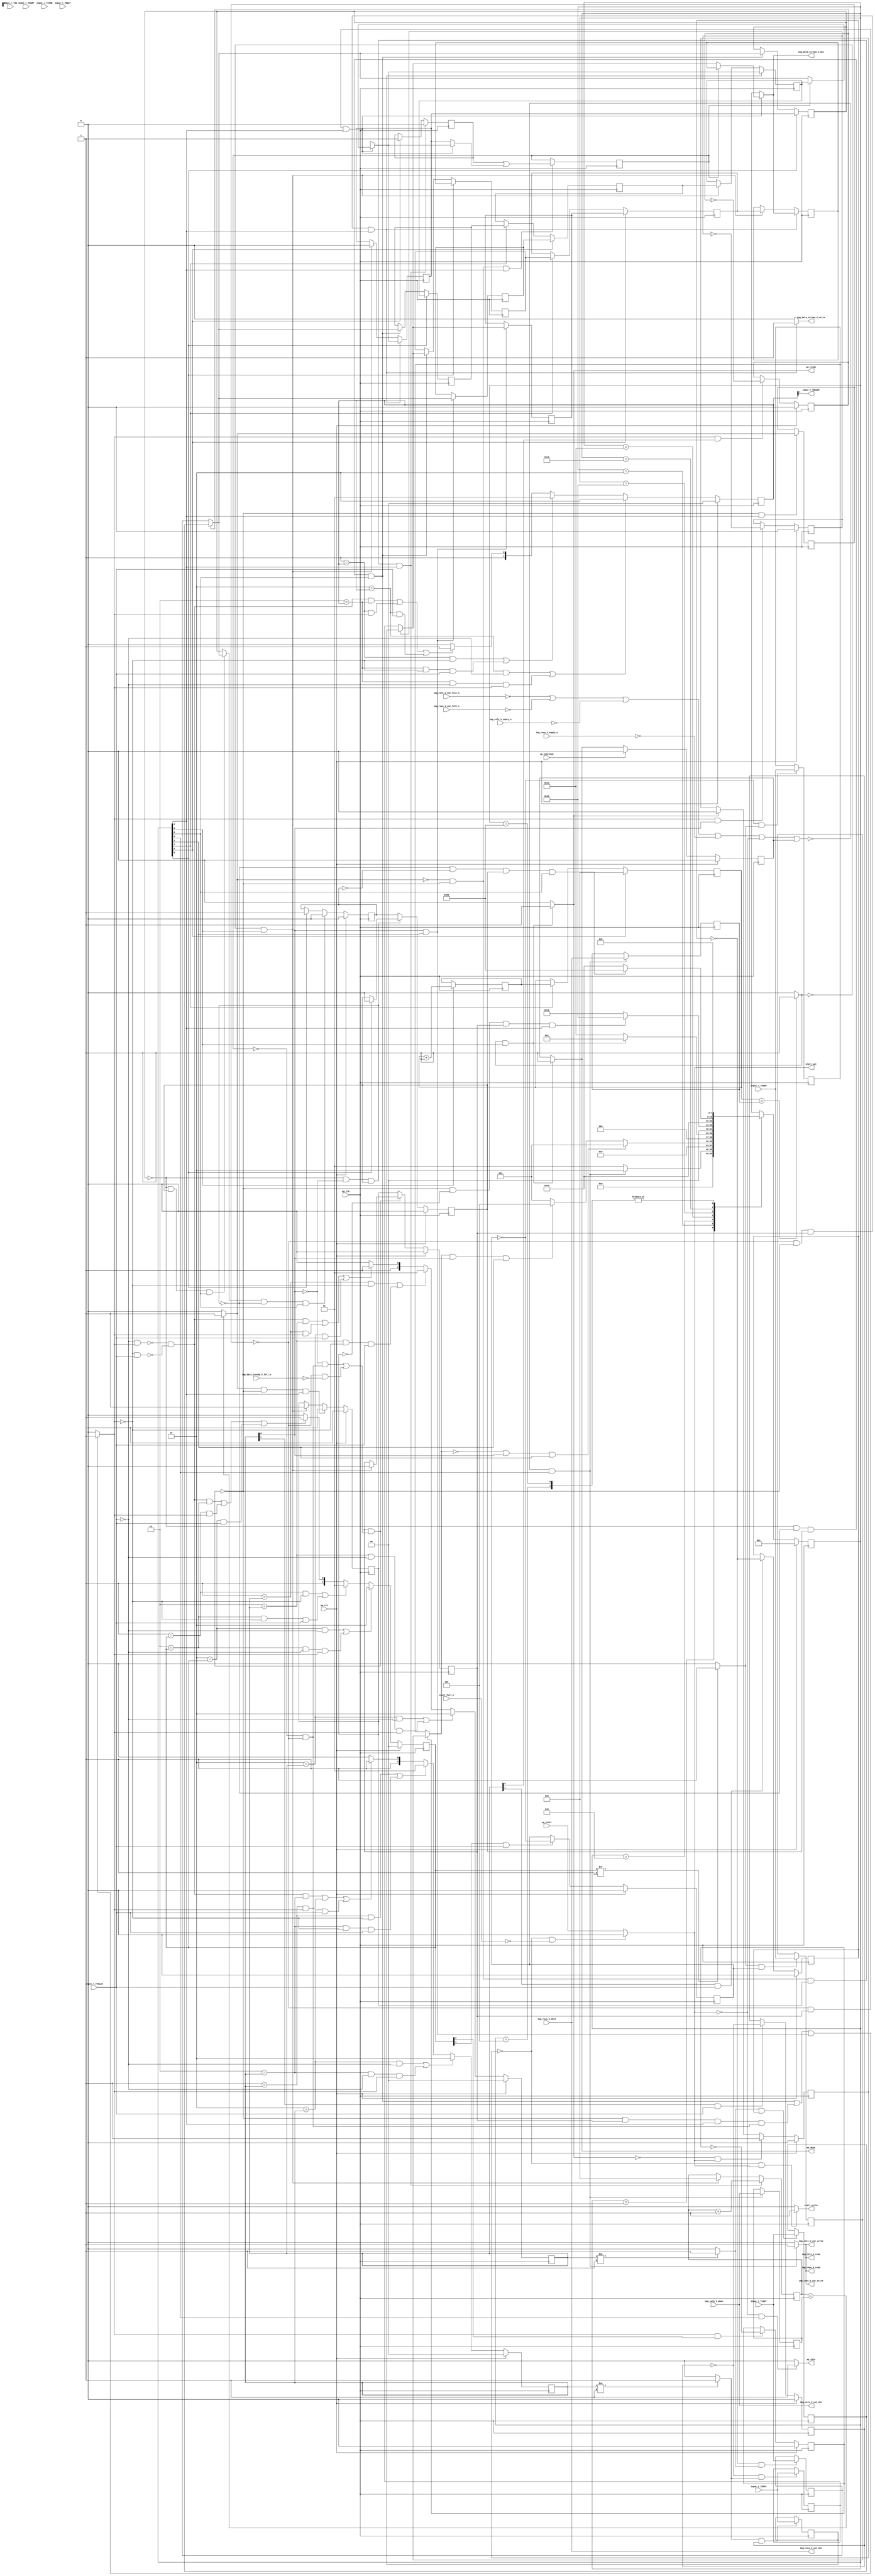
// ==============================================================
// RTL generated by Vivado(TM) HLS - High-Level Synthesis from C, C++ and SystemC
// Version: 2018.2
// Copyright (C) 1986-2018 Xilinx, Inc. All Rights Reserved.
// 
// ===========================================================

`timescale 1 ns / 1 ps 

module AXIvideo2Mat (
        ap_clk,
        ap_rst,
        ap_start,
        start_full_n,
        ap_done,
        ap_continue,
        ap_idle,
        ap_ready,
        start_out,
        start_write,
        input_r_TDATA,
        input_r_TVALID,
        input_r_TREADY,
        input_r_TKEEP,
        input_r_TSTRB,
        input_r_TUSER,
        input_r_TLAST,
        input_r_TID,
        input_r_TDEST,
        img_rows_V_dout,
        img_rows_V_empty_n,
        img_rows_V_read,
        img_cols_V_dout,
        img_cols_V_empty_n,
        img_cols_V_read,
        img_data_stream_V_din,
        img_data_stream_V_full_n,
        img_data_stream_V_write,
        img_rows_V_out_din,
        img_rows_V_out_full_n,
        img_rows_V_out_write,
        img_cols_V_out_din,
        img_cols_V_out_full_n,
        img_cols_V_out_write
);

parameter    ap_ST_fsm_state1 = 8'd1;
parameter    ap_ST_fsm_state2 = 8'd2;
parameter    ap_ST_fsm_state3 = 8'd4;
parameter    ap_ST_fsm_state4 = 8'd8;
parameter    ap_ST_fsm_pp1_stage0 = 8'd16;
parameter    ap_ST_fsm_state7 = 8'd32;
parameter    ap_ST_fsm_pp2_stage0 = 8'd64;
parameter    ap_ST_fsm_state10 = 8'd128;

input   ap_clk;
input   ap_rst;
input   ap_start;
input   start_full_n;
output   ap_done;
input   ap_continue;
output   ap_idle;
output   ap_ready;
output   start_out;
output   start_write;
input  [7:0] input_r_TDATA;
input   input_r_TVALID;
output   input_r_TREADY;
input  [0:0] input_r_TKEEP;
input  [0:0] input_r_TSTRB;
input  [0:0] input_r_TUSER;
input  [0:0] input_r_TLAST;
input  [0:0] input_r_TID;
input  [0:0] input_r_TDEST;
input  [31:0] img_rows_V_dout;
input   img_rows_V_empty_n;
output   img_rows_V_read;
input  [31:0] img_cols_V_dout;
input   img_cols_V_empty_n;
output   img_cols_V_read;
output  [7:0] img_data_stream_V_din;
input   img_data_stream_V_full_n;
output   img_data_stream_V_write;
output  [31:0] img_rows_V_out_din;
input   img_rows_V_out_full_n;
output   img_rows_V_out_write;
output  [31:0] img_cols_V_out_din;
input   img_cols_V_out_full_n;
output   img_cols_V_out_write;

reg ap_done;
reg ap_idle;
reg start_write;
reg img_rows_V_read;
reg img_cols_V_read;
reg img_data_stream_V_write;
reg img_rows_V_out_write;
reg img_cols_V_out_write;

reg    real_start;
reg    start_once_reg;
reg    ap_done_reg;
(* fsm_encoding = "none" *) reg   [7:0] ap_CS_fsm;
wire    ap_CS_fsm_state1;
reg    internal_ap_ready;
reg   [7:0] AXI_video_strm_V_data_V_0_data_out;
wire    AXI_video_strm_V_data_V_0_vld_in;
wire    AXI_video_strm_V_data_V_0_vld_out;
wire    AXI_video_strm_V_data_V_0_ack_in;
reg    AXI_video_strm_V_data_V_0_ack_out;
reg   [7:0] AXI_video_strm_V_data_V_0_payload_A;
reg   [7:0] AXI_video_strm_V_data_V_0_payload_B;
reg    AXI_video_strm_V_data_V_0_sel_rd;
reg    AXI_video_strm_V_data_V_0_sel_wr;
wire    AXI_video_strm_V_data_V_0_sel;
wire    AXI_video_strm_V_data_V_0_load_A;
wire    AXI_video_strm_V_data_V_0_load_B;
reg   [1:0] AXI_video_strm_V_data_V_0_state;
wire    AXI_video_strm_V_data_V_0_state_cmp_full;
reg   [0:0] AXI_video_strm_V_user_V_0_data_out;
wire    AXI_video_strm_V_user_V_0_vld_in;
wire    AXI_video_strm_V_user_V_0_vld_out;
wire    AXI_video_strm_V_user_V_0_ack_in;
reg    AXI_video_strm_V_user_V_0_ack_out;
reg   [0:0] AXI_video_strm_V_user_V_0_payload_A;
reg   [0:0] AXI_video_strm_V_user_V_0_payload_B;
reg    AXI_video_strm_V_user_V_0_sel_rd;
reg    AXI_video_strm_V_user_V_0_sel_wr;
wire    AXI_video_strm_V_user_V_0_sel;
wire    AXI_video_strm_V_user_V_0_load_A;
wire    AXI_video_strm_V_user_V_0_load_B;
reg   [1:0] AXI_video_strm_V_user_V_0_state;
wire    AXI_video_strm_V_user_V_0_state_cmp_full;
reg   [0:0] AXI_video_strm_V_last_V_0_data_out;
wire    AXI_video_strm_V_last_V_0_vld_in;
wire    AXI_video_strm_V_last_V_0_vld_out;
wire    AXI_video_strm_V_last_V_0_ack_in;
reg    AXI_video_strm_V_last_V_0_ack_out;
reg   [0:0] AXI_video_strm_V_last_V_0_payload_A;
reg   [0:0] AXI_video_strm_V_last_V_0_payload_B;
reg    AXI_video_strm_V_last_V_0_sel_rd;
reg    AXI_video_strm_V_last_V_0_sel_wr;
wire    AXI_video_strm_V_last_V_0_sel;
wire    AXI_video_strm_V_last_V_0_load_A;
wire    AXI_video_strm_V_last_V_0_load_B;
reg   [1:0] AXI_video_strm_V_last_V_0_state;
wire    AXI_video_strm_V_last_V_0_state_cmp_full;
wire    AXI_video_strm_V_dest_V_0_vld_in;
reg    AXI_video_strm_V_dest_V_0_ack_out;
reg   [1:0] AXI_video_strm_V_dest_V_0_state;
reg    input_r_TDATA_blk_n;
wire    ap_CS_fsm_state2;
wire    ap_CS_fsm_pp1_stage0;
reg    ap_enable_reg_pp1_iter1;
wire    ap_block_pp1_stage0;
reg   [0:0] exitcond_i_reg_432;
reg   [0:0] brmerge_i_reg_441;
wire    ap_CS_fsm_pp2_stage0;
reg    ap_enable_reg_pp2_iter1;
wire    ap_block_pp2_stage0;
reg   [0:0] eol_2_i_reg_303;
reg    img_rows_V_blk_n;
reg    img_cols_V_blk_n;
reg    img_data_stream_V_blk_n;
reg    img_rows_V_out_blk_n;
reg    img_cols_V_out_blk_n;
reg   [31:0] t_V_7_reg_232;
reg   [0:0] eol_i_reg_243;
reg   [0:0] eol_reg_255;
reg   [7:0] axi_data_V_1_i_reg_266;
reg   [0:0] axi_last_V_3_i_reg_314;
reg   [7:0] axi_data_V_3_i_reg_326;
reg   [31:0] rows_V_reg_393;
reg    ap_block_state1;
reg   [31:0] cols_V_reg_398;
reg   [7:0] tmp_data_V_reg_403;
reg   [0:0] tmp_last_V_reg_411;
wire   [0:0] exitcond6_i_fu_357_p2;
wire    ap_CS_fsm_state4;
wire   [31:0] i_V_fu_362_p2;
reg   [31:0] i_V_reg_427;
wire   [0:0] exitcond_i_fu_368_p2;
wire    ap_block_state5_pp1_stage0_iter0;
reg    ap_predicate_op69_read_state6;
reg    ap_block_state6_pp1_stage0_iter1;
reg    ap_block_pp1_stage0_11001;
wire   [31:0] j_V_fu_373_p2;
reg    ap_enable_reg_pp1_iter0;
wire   [0:0] brmerge_i_fu_382_p2;
wire    ap_block_state8_pp2_stage0_iter0;
reg    ap_block_state9_pp2_stage0_iter1;
reg    ap_block_pp2_stage0_11001;
reg    ap_block_pp1_stage0_subdone;
reg    ap_enable_reg_pp2_iter0;
wire    ap_CS_fsm_state7;
reg    ap_block_pp2_stage0_subdone;
reg   [0:0] ap_phi_mux_eol_2_i_phi_fu_306_p4;
reg   [0:0] axi_last_V1_i_reg_201;
wire    ap_CS_fsm_state10;
wire    ap_CS_fsm_state3;
reg   [7:0] axi_data_V1_i_reg_211;
reg   [31:0] t_V_reg_221;
reg   [0:0] ap_phi_mux_eol_i_phi_fu_247_p4;
reg   [0:0] ap_phi_mux_axi_last_V_2_i_phi_fu_282_p4;
reg   [7:0] ap_phi_mux_p_Val2_s_phi_fu_294_p4;
wire   [0:0] ap_phi_reg_pp1_iter1_axi_last_V_2_i_reg_277;
wire   [7:0] ap_phi_reg_pp1_iter1_p_Val2_s_reg_290;
reg    ap_block_pp1_stage0_01001;
reg   [0:0] sof_1_i_fu_144;
wire   [0:0] tmp_user_V_fu_348_p1;
reg   [7:0] ap_NS_fsm;
reg    ap_idle_pp1;
wire    ap_enable_pp1;
reg    ap_idle_pp2;
wire    ap_enable_pp2;
reg    ap_condition_521;

// power-on initialization
initial begin
#0 start_once_reg = 1'b0;
#0 ap_done_reg = 1'b0;
#0 ap_CS_fsm = 8'd1;
#0 AXI_video_strm_V_data_V_0_sel_rd = 1'b0;
#0 AXI_video_strm_V_data_V_0_sel_wr = 1'b0;
#0 AXI_video_strm_V_data_V_0_state = 2'd0;
#0 AXI_video_strm_V_user_V_0_sel_rd = 1'b0;
#0 AXI_video_strm_V_user_V_0_sel_wr = 1'b0;
#0 AXI_video_strm_V_user_V_0_state = 2'd0;
#0 AXI_video_strm_V_last_V_0_sel_rd = 1'b0;
#0 AXI_video_strm_V_last_V_0_sel_wr = 1'b0;
#0 AXI_video_strm_V_last_V_0_state = 2'd0;
#0 AXI_video_strm_V_dest_V_0_state = 2'd0;
#0 ap_enable_reg_pp1_iter1 = 1'b0;
#0 ap_enable_reg_pp2_iter1 = 1'b0;
#0 ap_enable_reg_pp1_iter0 = 1'b0;
#0 ap_enable_reg_pp2_iter0 = 1'b0;
end

always @ (posedge ap_clk) begin
    if (ap_rst == 1'b1) begin
        AXI_video_strm_V_data_V_0_sel_rd <= 1'b0;
    end else begin
        if (((1'b1 == AXI_video_strm_V_data_V_0_ack_out) & (1'b1 == AXI_video_strm_V_data_V_0_vld_out))) begin
            AXI_video_strm_V_data_V_0_sel_rd <= ~AXI_video_strm_V_data_V_0_sel_rd;
        end
    end
end

always @ (posedge ap_clk) begin
    if (ap_rst == 1'b1) begin
        AXI_video_strm_V_data_V_0_sel_wr <= 1'b0;
    end else begin
        if (((1'b1 == AXI_video_strm_V_data_V_0_ack_in) & (1'b1 == AXI_video_strm_V_data_V_0_vld_in))) begin
            AXI_video_strm_V_data_V_0_sel_wr <= ~AXI_video_strm_V_data_V_0_sel_wr;
        end
    end
end

always @ (posedge ap_clk) begin
    if (ap_rst == 1'b1) begin
        AXI_video_strm_V_data_V_0_state <= 2'd0;
    end else begin
        if ((((2'd2 == AXI_video_strm_V_data_V_0_state) & (1'b0 == AXI_video_strm_V_data_V_0_vld_in)) | ((2'd3 == AXI_video_strm_V_data_V_0_state) & (1'b0 == AXI_video_strm_V_data_V_0_vld_in) & (1'b1 == AXI_video_strm_V_data_V_0_ack_out)))) begin
            AXI_video_strm_V_data_V_0_state <= 2'd2;
        end else if ((((2'd1 == AXI_video_strm_V_data_V_0_state) & (1'b0 == AXI_video_strm_V_data_V_0_ack_out)) | ((2'd3 == AXI_video_strm_V_data_V_0_state) & (1'b0 == AXI_video_strm_V_data_V_0_ack_out) & (1'b1 == AXI_video_strm_V_data_V_0_vld_in)))) begin
            AXI_video_strm_V_data_V_0_state <= 2'd1;
        end else if (((~((1'b0 == AXI_video_strm_V_data_V_0_vld_in) & (1'b1 == AXI_video_strm_V_data_V_0_ack_out)) & ~((1'b0 == AXI_video_strm_V_data_V_0_ack_out) & (1'b1 == AXI_video_strm_V_data_V_0_vld_in)) & (2'd3 == AXI_video_strm_V_data_V_0_state)) | ((2'd1 == AXI_video_strm_V_data_V_0_state) & (1'b1 == AXI_video_strm_V_data_V_0_ack_out)) | ((2'd2 == AXI_video_strm_V_data_V_0_state) & (1'b1 == AXI_video_strm_V_data_V_0_vld_in)))) begin
            AXI_video_strm_V_data_V_0_state <= 2'd3;
        end else begin
            AXI_video_strm_V_data_V_0_state <= 2'd2;
        end
    end
end

always @ (posedge ap_clk) begin
    if (ap_rst == 1'b1) begin
        AXI_video_strm_V_dest_V_0_state <= 2'd0;
    end else begin
        if ((((2'd2 == AXI_video_strm_V_dest_V_0_state) & (1'b0 == AXI_video_strm_V_dest_V_0_vld_in)) | ((2'd3 == AXI_video_strm_V_dest_V_0_state) & (1'b0 == AXI_video_strm_V_dest_V_0_vld_in) & (1'b1 == AXI_video_strm_V_dest_V_0_ack_out)))) begin
            AXI_video_strm_V_dest_V_0_state <= 2'd2;
        end else if ((((2'd1 == AXI_video_strm_V_dest_V_0_state) & (1'b0 == AXI_video_strm_V_dest_V_0_ack_out)) | ((2'd3 == AXI_video_strm_V_dest_V_0_state) & (1'b0 == AXI_video_strm_V_dest_V_0_ack_out) & (1'b1 == AXI_video_strm_V_dest_V_0_vld_in)))) begin
            AXI_video_strm_V_dest_V_0_state <= 2'd1;
        end else if (((~((1'b0 == AXI_video_strm_V_dest_V_0_vld_in) & (1'b1 == AXI_video_strm_V_dest_V_0_ack_out)) & ~((1'b0 == AXI_video_strm_V_dest_V_0_ack_out) & (1'b1 == AXI_video_strm_V_dest_V_0_vld_in)) & (2'd3 == AXI_video_strm_V_dest_V_0_state)) | ((2'd1 == AXI_video_strm_V_dest_V_0_state) & (1'b1 == AXI_video_strm_V_dest_V_0_ack_out)) | ((2'd2 == AXI_video_strm_V_dest_V_0_state) & (1'b1 == AXI_video_strm_V_dest_V_0_vld_in)))) begin
            AXI_video_strm_V_dest_V_0_state <= 2'd3;
        end else begin
            AXI_video_strm_V_dest_V_0_state <= 2'd2;
        end
    end
end

always @ (posedge ap_clk) begin
    if (ap_rst == 1'b1) begin
        AXI_video_strm_V_last_V_0_sel_rd <= 1'b0;
    end else begin
        if (((1'b1 == AXI_video_strm_V_last_V_0_ack_out) & (1'b1 == AXI_video_strm_V_last_V_0_vld_out))) begin
            AXI_video_strm_V_last_V_0_sel_rd <= ~AXI_video_strm_V_last_V_0_sel_rd;
        end
    end
end

always @ (posedge ap_clk) begin
    if (ap_rst == 1'b1) begin
        AXI_video_strm_V_last_V_0_sel_wr <= 1'b0;
    end else begin
        if (((1'b1 == AXI_video_strm_V_last_V_0_ack_in) & (1'b1 == AXI_video_strm_V_last_V_0_vld_in))) begin
            AXI_video_strm_V_last_V_0_sel_wr <= ~AXI_video_strm_V_last_V_0_sel_wr;
        end
    end
end

always @ (posedge ap_clk) begin
    if (ap_rst == 1'b1) begin
        AXI_video_strm_V_last_V_0_state <= 2'd0;
    end else begin
        if ((((2'd2 == AXI_video_strm_V_last_V_0_state) & (1'b0 == AXI_video_strm_V_last_V_0_vld_in)) | ((2'd3 == AXI_video_strm_V_last_V_0_state) & (1'b0 == AXI_video_strm_V_last_V_0_vld_in) & (1'b1 == AXI_video_strm_V_last_V_0_ack_out)))) begin
            AXI_video_strm_V_last_V_0_state <= 2'd2;
        end else if ((((2'd1 == AXI_video_strm_V_last_V_0_state) & (1'b0 == AXI_video_strm_V_last_V_0_ack_out)) | ((2'd3 == AXI_video_strm_V_last_V_0_state) & (1'b0 == AXI_video_strm_V_last_V_0_ack_out) & (1'b1 == AXI_video_strm_V_last_V_0_vld_in)))) begin
            AXI_video_strm_V_last_V_0_state <= 2'd1;
        end else if (((~((1'b0 == AXI_video_strm_V_last_V_0_vld_in) & (1'b1 == AXI_video_strm_V_last_V_0_ack_out)) & ~((1'b0 == AXI_video_strm_V_last_V_0_ack_out) & (1'b1 == AXI_video_strm_V_last_V_0_vld_in)) & (2'd3 == AXI_video_strm_V_last_V_0_state)) | ((2'd1 == AXI_video_strm_V_last_V_0_state) & (1'b1 == AXI_video_strm_V_last_V_0_ack_out)) | ((2'd2 == AXI_video_strm_V_last_V_0_state) & (1'b1 == AXI_video_strm_V_last_V_0_vld_in)))) begin
            AXI_video_strm_V_last_V_0_state <= 2'd3;
        end else begin
            AXI_video_strm_V_last_V_0_state <= 2'd2;
        end
    end
end

always @ (posedge ap_clk) begin
    if (ap_rst == 1'b1) begin
        AXI_video_strm_V_user_V_0_sel_rd <= 1'b0;
    end else begin
        if (((1'b1 == AXI_video_strm_V_user_V_0_ack_out) & (1'b1 == AXI_video_strm_V_user_V_0_vld_out))) begin
            AXI_video_strm_V_user_V_0_sel_rd <= ~AXI_video_strm_V_user_V_0_sel_rd;
        end
    end
end

always @ (posedge ap_clk) begin
    if (ap_rst == 1'b1) begin
        AXI_video_strm_V_user_V_0_sel_wr <= 1'b0;
    end else begin
        if (((1'b1 == AXI_video_strm_V_user_V_0_ack_in) & (1'b1 == AXI_video_strm_V_user_V_0_vld_in))) begin
            AXI_video_strm_V_user_V_0_sel_wr <= ~AXI_video_strm_V_user_V_0_sel_wr;
        end
    end
end

always @ (posedge ap_clk) begin
    if (ap_rst == 1'b1) begin
        AXI_video_strm_V_user_V_0_state <= 2'd0;
    end else begin
        if ((((2'd2 == AXI_video_strm_V_user_V_0_state) & (1'b0 == AXI_video_strm_V_user_V_0_vld_in)) | ((2'd3 == AXI_video_strm_V_user_V_0_state) & (1'b0 == AXI_video_strm_V_user_V_0_vld_in) & (1'b1 == AXI_video_strm_V_user_V_0_ack_out)))) begin
            AXI_video_strm_V_user_V_0_state <= 2'd2;
        end else if ((((2'd1 == AXI_video_strm_V_user_V_0_state) & (1'b0 == AXI_video_strm_V_user_V_0_ack_out)) | ((2'd3 == AXI_video_strm_V_user_V_0_state) & (1'b0 == AXI_video_strm_V_user_V_0_ack_out) & (1'b1 == AXI_video_strm_V_user_V_0_vld_in)))) begin
            AXI_video_strm_V_user_V_0_state <= 2'd1;
        end else if (((~((1'b0 == AXI_video_strm_V_user_V_0_vld_in) & (1'b1 == AXI_video_strm_V_user_V_0_ack_out)) & ~((1'b0 == AXI_video_strm_V_user_V_0_ack_out) & (1'b1 == AXI_video_strm_V_user_V_0_vld_in)) & (2'd3 == AXI_video_strm_V_user_V_0_state)) | ((2'd1 == AXI_video_strm_V_user_V_0_state) & (1'b1 == AXI_video_strm_V_user_V_0_ack_out)) | ((2'd2 == AXI_video_strm_V_user_V_0_state) & (1'b1 == AXI_video_strm_V_user_V_0_vld_in)))) begin
            AXI_video_strm_V_user_V_0_state <= 2'd3;
        end else begin
            AXI_video_strm_V_user_V_0_state <= 2'd2;
        end
    end
end

always @ (posedge ap_clk) begin
    if (ap_rst == 1'b1) begin
        ap_CS_fsm <= ap_ST_fsm_state1;
    end else begin
        ap_CS_fsm <= ap_NS_fsm;
    end
end

always @ (posedge ap_clk) begin
    if (ap_rst == 1'b1) begin
        ap_done_reg <= 1'b0;
    end else begin
        if ((ap_continue == 1'b1)) begin
            ap_done_reg <= 1'b0;
        end else if (((exitcond6_i_fu_357_p2 == 1'd1) & (1'b1 == ap_CS_fsm_state4))) begin
            ap_done_reg <= 1'b1;
        end
    end
end

always @ (posedge ap_clk) begin
    if (ap_rst == 1'b1) begin
        ap_enable_reg_pp1_iter0 <= 1'b0;
    end else begin
        if (((exitcond_i_fu_368_p2 == 1'd1) & (1'b0 == ap_block_pp1_stage0_subdone) & (1'b1 == ap_CS_fsm_pp1_stage0))) begin
            ap_enable_reg_pp1_iter0 <= 1'b0;
        end else if (((exitcond6_i_fu_357_p2 == 1'd0) & (1'b1 == ap_CS_fsm_state4))) begin
            ap_enable_reg_pp1_iter0 <= 1'b1;
        end
    end
end

always @ (posedge ap_clk) begin
    if (ap_rst == 1'b1) begin
        ap_enable_reg_pp1_iter1 <= 1'b0;
    end else begin
        if ((1'b0 == ap_block_pp1_stage0_subdone)) begin
            ap_enable_reg_pp1_iter1 <= ap_enable_reg_pp1_iter0;
        end else if (((exitcond6_i_fu_357_p2 == 1'd0) & (1'b1 == ap_CS_fsm_state4))) begin
            ap_enable_reg_pp1_iter1 <= 1'b0;
        end
    end
end

always @ (posedge ap_clk) begin
    if (ap_rst == 1'b1) begin
        ap_enable_reg_pp2_iter0 <= 1'b0;
    end else begin
        if (((ap_phi_mux_eol_2_i_phi_fu_306_p4 == 1'd1) & (1'b0 == ap_block_pp2_stage0_subdone) & (1'b1 == ap_CS_fsm_pp2_stage0))) begin
            ap_enable_reg_pp2_iter0 <= 1'b0;
        end else if ((1'b1 == ap_CS_fsm_state7)) begin
            ap_enable_reg_pp2_iter0 <= 1'b1;
        end
    end
end

always @ (posedge ap_clk) begin
    if (ap_rst == 1'b1) begin
        ap_enable_reg_pp2_iter1 <= 1'b0;
    end else begin
        if ((1'b0 == ap_block_pp2_stage0_subdone)) begin
            ap_enable_reg_pp2_iter1 <= ap_enable_reg_pp2_iter0;
        end else if ((1'b1 == ap_CS_fsm_state7)) begin
            ap_enable_reg_pp2_iter1 <= 1'b0;
        end
    end
end

always @ (posedge ap_clk) begin
    if (ap_rst == 1'b1) begin
        start_once_reg <= 1'b0;
    end else begin
        if (((internal_ap_ready == 1'b0) & (real_start == 1'b1))) begin
            start_once_reg <= 1'b1;
        end else if ((internal_ap_ready == 1'b1)) begin
            start_once_reg <= 1'b0;
        end
    end
end

always @ (posedge ap_clk) begin
    if ((1'b1 == ap_CS_fsm_state3)) begin
        axi_data_V1_i_reg_211 <= tmp_data_V_reg_403;
    end else if ((1'b1 == ap_CS_fsm_state10)) begin
        axi_data_V1_i_reg_211 <= axi_data_V_3_i_reg_326;
    end
end

always @ (posedge ap_clk) begin
    if (((exitcond_i_reg_432 == 1'd0) & (1'b0 == ap_block_pp1_stage0_11001) & (ap_enable_reg_pp1_iter1 == 1'b1) & (1'b1 == ap_CS_fsm_pp1_stage0))) begin
        axi_data_V_1_i_reg_266 <= ap_phi_mux_p_Val2_s_phi_fu_294_p4;
    end else if (((exitcond6_i_fu_357_p2 == 1'd0) & (1'b1 == ap_CS_fsm_state4))) begin
        axi_data_V_1_i_reg_266 <= axi_data_V1_i_reg_211;
    end
end

always @ (posedge ap_clk) begin
    if ((1'b1 == ap_CS_fsm_state7)) begin
        axi_data_V_3_i_reg_326 <= axi_data_V_1_i_reg_266;
    end else if (((eol_2_i_reg_303 == 1'd0) & (1'b0 == ap_block_pp2_stage0_11001) & (ap_enable_reg_pp2_iter1 == 1'b1) & (1'b1 == ap_CS_fsm_pp2_stage0))) begin
        axi_data_V_3_i_reg_326 <= AXI_video_strm_V_data_V_0_data_out;
    end
end

always @ (posedge ap_clk) begin
    if ((1'b1 == ap_CS_fsm_state3)) begin
        axi_last_V1_i_reg_201 <= tmp_last_V_reg_411;
    end else if ((1'b1 == ap_CS_fsm_state10)) begin
        axi_last_V1_i_reg_201 <= axi_last_V_3_i_reg_314;
    end
end

always @ (posedge ap_clk) begin
    if ((1'b1 == ap_CS_fsm_state7)) begin
        axi_last_V_3_i_reg_314 <= eol_reg_255;
    end else if (((eol_2_i_reg_303 == 1'd0) & (1'b0 == ap_block_pp2_stage0_11001) & (ap_enable_reg_pp2_iter1 == 1'b1) & (1'b1 == ap_CS_fsm_pp2_stage0))) begin
        axi_last_V_3_i_reg_314 <= AXI_video_strm_V_last_V_0_data_out;
    end
end

always @ (posedge ap_clk) begin
    if ((1'b1 == ap_CS_fsm_state7)) begin
        eol_2_i_reg_303 <= eol_i_reg_243;
    end else if (((eol_2_i_reg_303 == 1'd0) & (1'b0 == ap_block_pp2_stage0_11001) & (ap_enable_reg_pp2_iter1 == 1'b1) & (1'b1 == ap_CS_fsm_pp2_stage0))) begin
        eol_2_i_reg_303 <= AXI_video_strm_V_last_V_0_data_out;
    end
end

always @ (posedge ap_clk) begin
    if (((exitcond_i_reg_432 == 1'd0) & (1'b0 == ap_block_pp1_stage0_11001) & (ap_enable_reg_pp1_iter1 == 1'b1) & (1'b1 == ap_CS_fsm_pp1_stage0))) begin
        eol_i_reg_243 <= ap_phi_mux_axi_last_V_2_i_phi_fu_282_p4;
    end else if (((exitcond6_i_fu_357_p2 == 1'd0) & (1'b1 == ap_CS_fsm_state4))) begin
        eol_i_reg_243 <= 1'd0;
    end
end

always @ (posedge ap_clk) begin
    if (((exitcond_i_reg_432 == 1'd0) & (1'b0 == ap_block_pp1_stage0_11001) & (ap_enable_reg_pp1_iter1 == 1'b1) & (1'b1 == ap_CS_fsm_pp1_stage0))) begin
        eol_reg_255 <= ap_phi_mux_axi_last_V_2_i_phi_fu_282_p4;
    end else if (((exitcond6_i_fu_357_p2 == 1'd0) & (1'b1 == ap_CS_fsm_state4))) begin
        eol_reg_255 <= axi_last_V1_i_reg_201;
    end
end

always @ (posedge ap_clk) begin
    if (((exitcond_i_fu_368_p2 == 1'd0) & (1'b0 == ap_block_pp1_stage0_11001) & (ap_enable_reg_pp1_iter0 == 1'b1) & (1'b1 == ap_CS_fsm_pp1_stage0))) begin
        sof_1_i_fu_144 <= 1'd0;
    end else if ((1'b1 == ap_CS_fsm_state3)) begin
        sof_1_i_fu_144 <= 1'd1;
    end
end

always @ (posedge ap_clk) begin
    if (((exitcond_i_fu_368_p2 == 1'd0) & (1'b0 == ap_block_pp1_stage0_11001) & (ap_enable_reg_pp1_iter0 == 1'b1) & (1'b1 == ap_CS_fsm_pp1_stage0))) begin
        t_V_7_reg_232 <= j_V_fu_373_p2;
    end else if (((exitcond6_i_fu_357_p2 == 1'd0) & (1'b1 == ap_CS_fsm_state4))) begin
        t_V_7_reg_232 <= 32'd0;
    end
end

always @ (posedge ap_clk) begin
    if ((1'b1 == ap_CS_fsm_state3)) begin
        t_V_reg_221 <= 32'd0;
    end else if ((1'b1 == ap_CS_fsm_state10)) begin
        t_V_reg_221 <= i_V_reg_427;
    end
end

always @ (posedge ap_clk) begin
    if ((1'b1 == AXI_video_strm_V_data_V_0_load_A)) begin
        AXI_video_strm_V_data_V_0_payload_A <= input_r_TDATA;
    end
end

always @ (posedge ap_clk) begin
    if ((1'b1 == AXI_video_strm_V_data_V_0_load_B)) begin
        AXI_video_strm_V_data_V_0_payload_B <= input_r_TDATA;
    end
end

always @ (posedge ap_clk) begin
    if ((1'b1 == AXI_video_strm_V_last_V_0_load_A)) begin
        AXI_video_strm_V_last_V_0_payload_A <= input_r_TLAST;
    end
end

always @ (posedge ap_clk) begin
    if ((1'b1 == AXI_video_strm_V_last_V_0_load_B)) begin
        AXI_video_strm_V_last_V_0_payload_B <= input_r_TLAST;
    end
end

always @ (posedge ap_clk) begin
    if ((1'b1 == AXI_video_strm_V_user_V_0_load_A)) begin
        AXI_video_strm_V_user_V_0_payload_A <= input_r_TUSER;
    end
end

always @ (posedge ap_clk) begin
    if ((1'b1 == AXI_video_strm_V_user_V_0_load_B)) begin
        AXI_video_strm_V_user_V_0_payload_B <= input_r_TUSER;
    end
end

always @ (posedge ap_clk) begin
    if (((exitcond_i_fu_368_p2 == 1'd0) & (1'b0 == ap_block_pp1_stage0_11001) & (1'b1 == ap_CS_fsm_pp1_stage0))) begin
        brmerge_i_reg_441 <= brmerge_i_fu_382_p2;
    end
end

always @ (posedge ap_clk) begin
    if ((~((img_cols_V_out_full_n == 1'b0) | (img_rows_V_out_full_n == 1'b0) | (img_cols_V_empty_n == 1'b0) | (img_rows_V_empty_n == 1'b0) | (real_start == 1'b0) | (ap_done_reg == 1'b1)) & (1'b1 == ap_CS_fsm_state1))) begin
        cols_V_reg_398 <= img_cols_V_dout;
        rows_V_reg_393 <= img_rows_V_dout;
    end
end

always @ (posedge ap_clk) begin
    if (((1'b0 == ap_block_pp1_stage0_11001) & (1'b1 == ap_CS_fsm_pp1_stage0))) begin
        exitcond_i_reg_432 <= exitcond_i_fu_368_p2;
    end
end

always @ (posedge ap_clk) begin
    if ((1'b1 == ap_CS_fsm_state4)) begin
        i_V_reg_427 <= i_V_fu_362_p2;
    end
end

always @ (posedge ap_clk) begin
    if (((1'b1 == AXI_video_strm_V_data_V_0_vld_out) & (1'b1 == ap_CS_fsm_state2))) begin
        tmp_data_V_reg_403 <= AXI_video_strm_V_data_V_0_data_out;
        tmp_last_V_reg_411 <= AXI_video_strm_V_last_V_0_data_out;
    end
end

always @ (*) begin
    if ((((eol_2_i_reg_303 == 1'd0) & (1'b0 == ap_block_pp2_stage0_11001) & (ap_enable_reg_pp2_iter1 == 1'b1) & (1'b1 == ap_CS_fsm_pp2_stage0)) | ((1'b0 == ap_block_pp1_stage0_11001) & (ap_enable_reg_pp1_iter1 == 1'b1) & (1'b1 == ap_CS_fsm_pp1_stage0) & (ap_predicate_op69_read_state6 == 1'b1)) | ((1'b1 == AXI_video_strm_V_data_V_0_vld_out) & (1'b1 == ap_CS_fsm_state2)))) begin
        AXI_video_strm_V_data_V_0_ack_out = 1'b1;
    end else begin
        AXI_video_strm_V_data_V_0_ack_out = 1'b0;
    end
end

always @ (*) begin
    if ((1'b1 == AXI_video_strm_V_data_V_0_sel)) begin
        AXI_video_strm_V_data_V_0_data_out = AXI_video_strm_V_data_V_0_payload_B;
    end else begin
        AXI_video_strm_V_data_V_0_data_out = AXI_video_strm_V_data_V_0_payload_A;
    end
end

always @ (*) begin
    if ((((eol_2_i_reg_303 == 1'd0) & (1'b0 == ap_block_pp2_stage0_11001) & (ap_enable_reg_pp2_iter1 == 1'b1) & (1'b1 == ap_CS_fsm_pp2_stage0)) | ((1'b0 == ap_block_pp1_stage0_11001) & (ap_enable_reg_pp1_iter1 == 1'b1) & (1'b1 == ap_CS_fsm_pp1_stage0) & (ap_predicate_op69_read_state6 == 1'b1)) | ((1'b1 == AXI_video_strm_V_data_V_0_vld_out) & (1'b1 == ap_CS_fsm_state2)))) begin
        AXI_video_strm_V_dest_V_0_ack_out = 1'b1;
    end else begin
        AXI_video_strm_V_dest_V_0_ack_out = 1'b0;
    end
end

always @ (*) begin
    if ((((eol_2_i_reg_303 == 1'd0) & (1'b0 == ap_block_pp2_stage0_11001) & (ap_enable_reg_pp2_iter1 == 1'b1) & (1'b1 == ap_CS_fsm_pp2_stage0)) | ((1'b0 == ap_block_pp1_stage0_11001) & (ap_enable_reg_pp1_iter1 == 1'b1) & (1'b1 == ap_CS_fsm_pp1_stage0) & (ap_predicate_op69_read_state6 == 1'b1)) | ((1'b1 == AXI_video_strm_V_data_V_0_vld_out) & (1'b1 == ap_CS_fsm_state2)))) begin
        AXI_video_strm_V_last_V_0_ack_out = 1'b1;
    end else begin
        AXI_video_strm_V_last_V_0_ack_out = 1'b0;
    end
end

always @ (*) begin
    if ((1'b1 == AXI_video_strm_V_last_V_0_sel)) begin
        AXI_video_strm_V_last_V_0_data_out = AXI_video_strm_V_last_V_0_payload_B;
    end else begin
        AXI_video_strm_V_last_V_0_data_out = AXI_video_strm_V_last_V_0_payload_A;
    end
end

always @ (*) begin
    if ((((eol_2_i_reg_303 == 1'd0) & (1'b0 == ap_block_pp2_stage0_11001) & (ap_enable_reg_pp2_iter1 == 1'b1) & (1'b1 == ap_CS_fsm_pp2_stage0)) | ((1'b0 == ap_block_pp1_stage0_11001) & (ap_enable_reg_pp1_iter1 == 1'b1) & (1'b1 == ap_CS_fsm_pp1_stage0) & (ap_predicate_op69_read_state6 == 1'b1)) | ((1'b1 == AXI_video_strm_V_data_V_0_vld_out) & (1'b1 == ap_CS_fsm_state2)))) begin
        AXI_video_strm_V_user_V_0_ack_out = 1'b1;
    end else begin
        AXI_video_strm_V_user_V_0_ack_out = 1'b0;
    end
end

always @ (*) begin
    if ((1'b1 == AXI_video_strm_V_user_V_0_sel)) begin
        AXI_video_strm_V_user_V_0_data_out = AXI_video_strm_V_user_V_0_payload_B;
    end else begin
        AXI_video_strm_V_user_V_0_data_out = AXI_video_strm_V_user_V_0_payload_A;
    end
end

always @ (*) begin
    if (((exitcond6_i_fu_357_p2 == 1'd1) & (1'b1 == ap_CS_fsm_state4))) begin
        ap_done = 1'b1;
    end else begin
        ap_done = ap_done_reg;
    end
end

always @ (*) begin
    if (((real_start == 1'b0) & (1'b1 == ap_CS_fsm_state1))) begin
        ap_idle = 1'b1;
    end else begin
        ap_idle = 1'b0;
    end
end

always @ (*) begin
    if (((ap_enable_reg_pp1_iter0 == 1'b0) & (ap_enable_reg_pp1_iter1 == 1'b0))) begin
        ap_idle_pp1 = 1'b1;
    end else begin
        ap_idle_pp1 = 1'b0;
    end
end

always @ (*) begin
    if (((ap_enable_reg_pp2_iter0 == 1'b0) & (ap_enable_reg_pp2_iter1 == 1'b0))) begin
        ap_idle_pp2 = 1'b1;
    end else begin
        ap_idle_pp2 = 1'b0;
    end
end

always @ (*) begin
    if ((1'b1 == ap_condition_521)) begin
        if ((brmerge_i_reg_441 == 1'd1)) begin
            ap_phi_mux_axi_last_V_2_i_phi_fu_282_p4 = eol_reg_255;
        end else if ((brmerge_i_reg_441 == 1'd0)) begin
            ap_phi_mux_axi_last_V_2_i_phi_fu_282_p4 = AXI_video_strm_V_last_V_0_data_out;
        end else begin
            ap_phi_mux_axi_last_V_2_i_phi_fu_282_p4 = ap_phi_reg_pp1_iter1_axi_last_V_2_i_reg_277;
        end
    end else begin
        ap_phi_mux_axi_last_V_2_i_phi_fu_282_p4 = ap_phi_reg_pp1_iter1_axi_last_V_2_i_reg_277;
    end
end

always @ (*) begin
    if (((eol_2_i_reg_303 == 1'd0) & (1'b0 == ap_block_pp2_stage0) & (ap_enable_reg_pp2_iter1 == 1'b1) & (1'b1 == ap_CS_fsm_pp2_stage0))) begin
        ap_phi_mux_eol_2_i_phi_fu_306_p4 = AXI_video_strm_V_last_V_0_data_out;
    end else begin
        ap_phi_mux_eol_2_i_phi_fu_306_p4 = eol_2_i_reg_303;
    end
end

always @ (*) begin
    if (((exitcond_i_reg_432 == 1'd0) & (1'b0 == ap_block_pp1_stage0) & (ap_enable_reg_pp1_iter1 == 1'b1) & (1'b1 == ap_CS_fsm_pp1_stage0))) begin
        ap_phi_mux_eol_i_phi_fu_247_p4 = ap_phi_mux_axi_last_V_2_i_phi_fu_282_p4;
    end else begin
        ap_phi_mux_eol_i_phi_fu_247_p4 = eol_i_reg_243;
    end
end

always @ (*) begin
    if ((1'b1 == ap_condition_521)) begin
        if ((brmerge_i_reg_441 == 1'd1)) begin
            ap_phi_mux_p_Val2_s_phi_fu_294_p4 = axi_data_V_1_i_reg_266;
        end else if ((brmerge_i_reg_441 == 1'd0)) begin
            ap_phi_mux_p_Val2_s_phi_fu_294_p4 = AXI_video_strm_V_data_V_0_data_out;
        end else begin
            ap_phi_mux_p_Val2_s_phi_fu_294_p4 = ap_phi_reg_pp1_iter1_p_Val2_s_reg_290;
        end
    end else begin
        ap_phi_mux_p_Val2_s_phi_fu_294_p4 = ap_phi_reg_pp1_iter1_p_Val2_s_reg_290;
    end
end

always @ (*) begin
    if ((~((real_start == 1'b0) | (ap_done_reg == 1'b1)) & (1'b1 == ap_CS_fsm_state1))) begin
        img_cols_V_blk_n = img_cols_V_empty_n;
    end else begin
        img_cols_V_blk_n = 1'b1;
    end
end

always @ (*) begin
    if ((~((real_start == 1'b0) | (ap_done_reg == 1'b1)) & (1'b1 == ap_CS_fsm_state1))) begin
        img_cols_V_out_blk_n = img_cols_V_out_full_n;
    end else begin
        img_cols_V_out_blk_n = 1'b1;
    end
end

always @ (*) begin
    if ((~((img_cols_V_out_full_n == 1'b0) | (img_rows_V_out_full_n == 1'b0) | (img_cols_V_empty_n == 1'b0) | (img_rows_V_empty_n == 1'b0) | (real_start == 1'b0) | (ap_done_reg == 1'b1)) & (1'b1 == ap_CS_fsm_state1))) begin
        img_cols_V_out_write = 1'b1;
    end else begin
        img_cols_V_out_write = 1'b0;
    end
end

always @ (*) begin
    if ((~((img_cols_V_out_full_n == 1'b0) | (img_rows_V_out_full_n == 1'b0) | (img_cols_V_empty_n == 1'b0) | (img_rows_V_empty_n == 1'b0) | (real_start == 1'b0) | (ap_done_reg == 1'b1)) & (1'b1 == ap_CS_fsm_state1))) begin
        img_cols_V_read = 1'b1;
    end else begin
        img_cols_V_read = 1'b0;
    end
end

always @ (*) begin
    if (((exitcond_i_reg_432 == 1'd0) & (1'b0 == ap_block_pp1_stage0) & (ap_enable_reg_pp1_iter1 == 1'b1) & (1'b1 == ap_CS_fsm_pp1_stage0))) begin
        img_data_stream_V_blk_n = img_data_stream_V_full_n;
    end else begin
        img_data_stream_V_blk_n = 1'b1;
    end
end

always @ (*) begin
    if (((exitcond_i_reg_432 == 1'd0) & (1'b0 == ap_block_pp1_stage0_11001) & (ap_enable_reg_pp1_iter1 == 1'b1) & (1'b1 == ap_CS_fsm_pp1_stage0))) begin
        img_data_stream_V_write = 1'b1;
    end else begin
        img_data_stream_V_write = 1'b0;
    end
end

always @ (*) begin
    if ((~((real_start == 1'b0) | (ap_done_reg == 1'b1)) & (1'b1 == ap_CS_fsm_state1))) begin
        img_rows_V_blk_n = img_rows_V_empty_n;
    end else begin
        img_rows_V_blk_n = 1'b1;
    end
end

always @ (*) begin
    if ((~((real_start == 1'b0) | (ap_done_reg == 1'b1)) & (1'b1 == ap_CS_fsm_state1))) begin
        img_rows_V_out_blk_n = img_rows_V_out_full_n;
    end else begin
        img_rows_V_out_blk_n = 1'b1;
    end
end

always @ (*) begin
    if ((~((img_cols_V_out_full_n == 1'b0) | (img_rows_V_out_full_n == 1'b0) | (img_cols_V_empty_n == 1'b0) | (img_rows_V_empty_n == 1'b0) | (real_start == 1'b0) | (ap_done_reg == 1'b1)) & (1'b1 == ap_CS_fsm_state1))) begin
        img_rows_V_out_write = 1'b1;
    end else begin
        img_rows_V_out_write = 1'b0;
    end
end

always @ (*) begin
    if ((~((img_cols_V_out_full_n == 1'b0) | (img_rows_V_out_full_n == 1'b0) | (img_cols_V_empty_n == 1'b0) | (img_rows_V_empty_n == 1'b0) | (real_start == 1'b0) | (ap_done_reg == 1'b1)) & (1'b1 == ap_CS_fsm_state1))) begin
        img_rows_V_read = 1'b1;
    end else begin
        img_rows_V_read = 1'b0;
    end
end

always @ (*) begin
    if (((1'b1 == ap_CS_fsm_state2) | ((eol_2_i_reg_303 == 1'd0) & (1'b0 == ap_block_pp2_stage0) & (ap_enable_reg_pp2_iter1 == 1'b1) & (1'b1 == ap_CS_fsm_pp2_stage0)) | ((brmerge_i_reg_441 == 1'd0) & (exitcond_i_reg_432 == 1'd0) & (1'b0 == ap_block_pp1_stage0) & (ap_enable_reg_pp1_iter1 == 1'b1) & (1'b1 == ap_CS_fsm_pp1_stage0)))) begin
        input_r_TDATA_blk_n = AXI_video_strm_V_data_V_0_state[1'd0];
    end else begin
        input_r_TDATA_blk_n = 1'b1;
    end
end

always @ (*) begin
    if (((exitcond6_i_fu_357_p2 == 1'd1) & (1'b1 == ap_CS_fsm_state4))) begin
        internal_ap_ready = 1'b1;
    end else begin
        internal_ap_ready = 1'b0;
    end
end

always @ (*) begin
    if (((start_once_reg == 1'b0) & (start_full_n == 1'b0))) begin
        real_start = 1'b0;
    end else begin
        real_start = ap_start;
    end
end

always @ (*) begin
    if (((start_once_reg == 1'b0) & (real_start == 1'b1))) begin
        start_write = 1'b1;
    end else begin
        start_write = 1'b0;
    end
end

always @ (*) begin
    case (ap_CS_fsm)
        ap_ST_fsm_state1 : begin
            if ((~((img_cols_V_out_full_n == 1'b0) | (img_rows_V_out_full_n == 1'b0) | (img_cols_V_empty_n == 1'b0) | (img_rows_V_empty_n == 1'b0) | (real_start == 1'b0) | (ap_done_reg == 1'b1)) & (1'b1 == ap_CS_fsm_state1))) begin
                ap_NS_fsm = ap_ST_fsm_state2;
            end else begin
                ap_NS_fsm = ap_ST_fsm_state1;
            end
        end
        ap_ST_fsm_state2 : begin
            if (((tmp_user_V_fu_348_p1 == 1'd0) & (1'b1 == AXI_video_strm_V_data_V_0_vld_out) & (1'b1 == ap_CS_fsm_state2))) begin
                ap_NS_fsm = ap_ST_fsm_state2;
            end else if (((tmp_user_V_fu_348_p1 == 1'd1) & (1'b1 == AXI_video_strm_V_data_V_0_vld_out) & (1'b1 == ap_CS_fsm_state2))) begin
                ap_NS_fsm = ap_ST_fsm_state3;
            end else begin
                ap_NS_fsm = ap_ST_fsm_state2;
            end
        end
        ap_ST_fsm_state3 : begin
            ap_NS_fsm = ap_ST_fsm_state4;
        end
        ap_ST_fsm_state4 : begin
            if (((exitcond6_i_fu_357_p2 == 1'd1) & (1'b1 == ap_CS_fsm_state4))) begin
                ap_NS_fsm = ap_ST_fsm_state1;
            end else begin
                ap_NS_fsm = ap_ST_fsm_pp1_stage0;
            end
        end
        ap_ST_fsm_pp1_stage0 : begin
            if (~((1'b0 == ap_block_pp1_stage0_subdone) & (ap_enable_reg_pp1_iter0 == 1'b0) & (ap_enable_reg_pp1_iter1 == 1'b1) & (1'b1 == ap_CS_fsm_pp1_stage0))) begin
                ap_NS_fsm = ap_ST_fsm_pp1_stage0;
            end else if (((1'b0 == ap_block_pp1_stage0_subdone) & (ap_enable_reg_pp1_iter0 == 1'b0) & (ap_enable_reg_pp1_iter1 == 1'b1) & (1'b1 == ap_CS_fsm_pp1_stage0))) begin
                ap_NS_fsm = ap_ST_fsm_state7;
            end else begin
                ap_NS_fsm = ap_ST_fsm_pp1_stage0;
            end
        end
        ap_ST_fsm_state7 : begin
            ap_NS_fsm = ap_ST_fsm_pp2_stage0;
        end
        ap_ST_fsm_pp2_stage0 : begin
            if (~((1'b0 == ap_block_pp2_stage0_subdone) & (ap_enable_reg_pp2_iter0 == 1'b0) & (ap_enable_reg_pp2_iter1 == 1'b1) & (1'b1 == ap_CS_fsm_pp2_stage0))) begin
                ap_NS_fsm = ap_ST_fsm_pp2_stage0;
            end else if (((1'b0 == ap_block_pp2_stage0_subdone) & (ap_enable_reg_pp2_iter0 == 1'b0) & (ap_enable_reg_pp2_iter1 == 1'b1) & (1'b1 == ap_CS_fsm_pp2_stage0))) begin
                ap_NS_fsm = ap_ST_fsm_state10;
            end else begin
                ap_NS_fsm = ap_ST_fsm_pp2_stage0;
            end
        end
        ap_ST_fsm_state10 : begin
            ap_NS_fsm = ap_ST_fsm_state4;
        end
        default : begin
            ap_NS_fsm = 'bx;
        end
    endcase
end

assign AXI_video_strm_V_data_V_0_ack_in = AXI_video_strm_V_data_V_0_state[1'd1];

assign AXI_video_strm_V_data_V_0_load_A = (~AXI_video_strm_V_data_V_0_sel_wr & AXI_video_strm_V_data_V_0_state_cmp_full);

assign AXI_video_strm_V_data_V_0_load_B = (AXI_video_strm_V_data_V_0_state_cmp_full & AXI_video_strm_V_data_V_0_sel_wr);

assign AXI_video_strm_V_data_V_0_sel = AXI_video_strm_V_data_V_0_sel_rd;

assign AXI_video_strm_V_data_V_0_state_cmp_full = ((AXI_video_strm_V_data_V_0_state != 2'd1) ? 1'b1 : 1'b0);

assign AXI_video_strm_V_data_V_0_vld_in = input_r_TVALID;

assign AXI_video_strm_V_data_V_0_vld_out = AXI_video_strm_V_data_V_0_state[1'd0];

assign AXI_video_strm_V_dest_V_0_vld_in = input_r_TVALID;

assign AXI_video_strm_V_last_V_0_ack_in = AXI_video_strm_V_last_V_0_state[1'd1];

assign AXI_video_strm_V_last_V_0_load_A = (~AXI_video_strm_V_last_V_0_sel_wr & AXI_video_strm_V_last_V_0_state_cmp_full);

assign AXI_video_strm_V_last_V_0_load_B = (AXI_video_strm_V_last_V_0_state_cmp_full & AXI_video_strm_V_last_V_0_sel_wr);

assign AXI_video_strm_V_last_V_0_sel = AXI_video_strm_V_last_V_0_sel_rd;

assign AXI_video_strm_V_last_V_0_state_cmp_full = ((AXI_video_strm_V_last_V_0_state != 2'd1) ? 1'b1 : 1'b0);

assign AXI_video_strm_V_last_V_0_vld_in = input_r_TVALID;

assign AXI_video_strm_V_last_V_0_vld_out = AXI_video_strm_V_last_V_0_state[1'd0];

assign AXI_video_strm_V_user_V_0_ack_in = AXI_video_strm_V_user_V_0_state[1'd1];

assign AXI_video_strm_V_user_V_0_load_A = (~AXI_video_strm_V_user_V_0_sel_wr & AXI_video_strm_V_user_V_0_state_cmp_full);

assign AXI_video_strm_V_user_V_0_load_B = (AXI_video_strm_V_user_V_0_state_cmp_full & AXI_video_strm_V_user_V_0_sel_wr);

assign AXI_video_strm_V_user_V_0_sel = AXI_video_strm_V_user_V_0_sel_rd;

assign AXI_video_strm_V_user_V_0_state_cmp_full = ((AXI_video_strm_V_user_V_0_state != 2'd1) ? 1'b1 : 1'b0);

assign AXI_video_strm_V_user_V_0_vld_in = input_r_TVALID;

assign AXI_video_strm_V_user_V_0_vld_out = AXI_video_strm_V_user_V_0_state[1'd0];

assign ap_CS_fsm_pp1_stage0 = ap_CS_fsm[32'd4];

assign ap_CS_fsm_pp2_stage0 = ap_CS_fsm[32'd6];

assign ap_CS_fsm_state1 = ap_CS_fsm[32'd0];

assign ap_CS_fsm_state10 = ap_CS_fsm[32'd7];

assign ap_CS_fsm_state2 = ap_CS_fsm[32'd1];

assign ap_CS_fsm_state3 = ap_CS_fsm[32'd2];

assign ap_CS_fsm_state4 = ap_CS_fsm[32'd3];

assign ap_CS_fsm_state7 = ap_CS_fsm[32'd5];

assign ap_block_pp1_stage0 = ~(1'b1 == 1'b1);

always @ (*) begin
    ap_block_pp1_stage0_01001 = ((ap_enable_reg_pp1_iter1 == 1'b1) & (((1'b0 == AXI_video_strm_V_data_V_0_vld_out) & (ap_predicate_op69_read_state6 == 1'b1)) | ((exitcond_i_reg_432 == 1'd0) & (img_data_stream_V_full_n == 1'b0))));
end

always @ (*) begin
    ap_block_pp1_stage0_11001 = ((ap_enable_reg_pp1_iter1 == 1'b1) & (((1'b0 == AXI_video_strm_V_data_V_0_vld_out) & (ap_predicate_op69_read_state6 == 1'b1)) | ((exitcond_i_reg_432 == 1'd0) & (img_data_stream_V_full_n == 1'b0))));
end

always @ (*) begin
    ap_block_pp1_stage0_subdone = ((ap_enable_reg_pp1_iter1 == 1'b1) & (((1'b0 == AXI_video_strm_V_data_V_0_vld_out) & (ap_predicate_op69_read_state6 == 1'b1)) | ((exitcond_i_reg_432 == 1'd0) & (img_data_stream_V_full_n == 1'b0))));
end

assign ap_block_pp2_stage0 = ~(1'b1 == 1'b1);

always @ (*) begin
    ap_block_pp2_stage0_11001 = ((eol_2_i_reg_303 == 1'd0) & (1'b0 == AXI_video_strm_V_data_V_0_vld_out) & (ap_enable_reg_pp2_iter1 == 1'b1));
end

always @ (*) begin
    ap_block_pp2_stage0_subdone = ((eol_2_i_reg_303 == 1'd0) & (1'b0 == AXI_video_strm_V_data_V_0_vld_out) & (ap_enable_reg_pp2_iter1 == 1'b1));
end

always @ (*) begin
    ap_block_state1 = ((img_cols_V_out_full_n == 1'b0) | (img_rows_V_out_full_n == 1'b0) | (img_cols_V_empty_n == 1'b0) | (img_rows_V_empty_n == 1'b0) | (real_start == 1'b0) | (ap_done_reg == 1'b1));
end

assign ap_block_state5_pp1_stage0_iter0 = ~(1'b1 == 1'b1);

always @ (*) begin
    ap_block_state6_pp1_stage0_iter1 = (((1'b0 == AXI_video_strm_V_data_V_0_vld_out) & (ap_predicate_op69_read_state6 == 1'b1)) | ((exitcond_i_reg_432 == 1'd0) & (img_data_stream_V_full_n == 1'b0)));
end

assign ap_block_state8_pp2_stage0_iter0 = ~(1'b1 == 1'b1);

always @ (*) begin
    ap_block_state9_pp2_stage0_iter1 = ((eol_2_i_reg_303 == 1'd0) & (1'b0 == AXI_video_strm_V_data_V_0_vld_out));
end

always @ (*) begin
    ap_condition_521 = ((exitcond_i_reg_432 == 1'd0) & (1'b0 == ap_block_pp1_stage0) & (ap_enable_reg_pp1_iter1 == 1'b1) & (1'b1 == ap_CS_fsm_pp1_stage0));
end

assign ap_enable_pp1 = (ap_idle_pp1 ^ 1'b1);

assign ap_enable_pp2 = (ap_idle_pp2 ^ 1'b1);

assign ap_phi_reg_pp1_iter1_axi_last_V_2_i_reg_277 = 'bx;

assign ap_phi_reg_pp1_iter1_p_Val2_s_reg_290 = 'bx;

always @ (*) begin
    ap_predicate_op69_read_state6 = ((brmerge_i_reg_441 == 1'd0) & (exitcond_i_reg_432 == 1'd0));
end

assign ap_ready = internal_ap_ready;

assign brmerge_i_fu_382_p2 = (sof_1_i_fu_144 | ap_phi_mux_eol_i_phi_fu_247_p4);

assign exitcond6_i_fu_357_p2 = ((t_V_reg_221 == rows_V_reg_393) ? 1'b1 : 1'b0);

assign exitcond_i_fu_368_p2 = ((t_V_7_reg_232 == cols_V_reg_398) ? 1'b1 : 1'b0);

assign i_V_fu_362_p2 = (t_V_reg_221 + 32'd1);

assign img_cols_V_out_din = img_cols_V_dout;

assign img_data_stream_V_din = ap_phi_mux_p_Val2_s_phi_fu_294_p4;

assign img_rows_V_out_din = img_rows_V_dout;

assign input_r_TREADY = AXI_video_strm_V_dest_V_0_state[1'd1];

assign j_V_fu_373_p2 = (t_V_7_reg_232 + 32'd1);

assign start_out = real_start;

assign tmp_user_V_fu_348_p1 = AXI_video_strm_V_user_V_0_data_out;

endmodule //AXIvideo2Mat